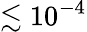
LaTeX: \lesssim 10^{-4}